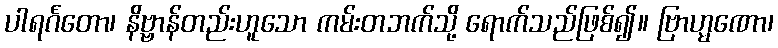
ပါရင်္ဂတော၊ နိဗ္ဗာန်တည်းဟူသော ကမ်းတဘက်သို့ ရောက်သည်ဖြစ်၍။ ဗြာဟ္မဏော၊